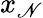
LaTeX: x_{\mathscr{N}}